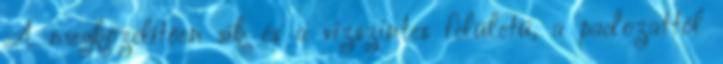
A megközelítõen sík és a vízszintes felületû, a padozattól